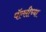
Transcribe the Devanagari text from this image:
पॅल्सीच्या